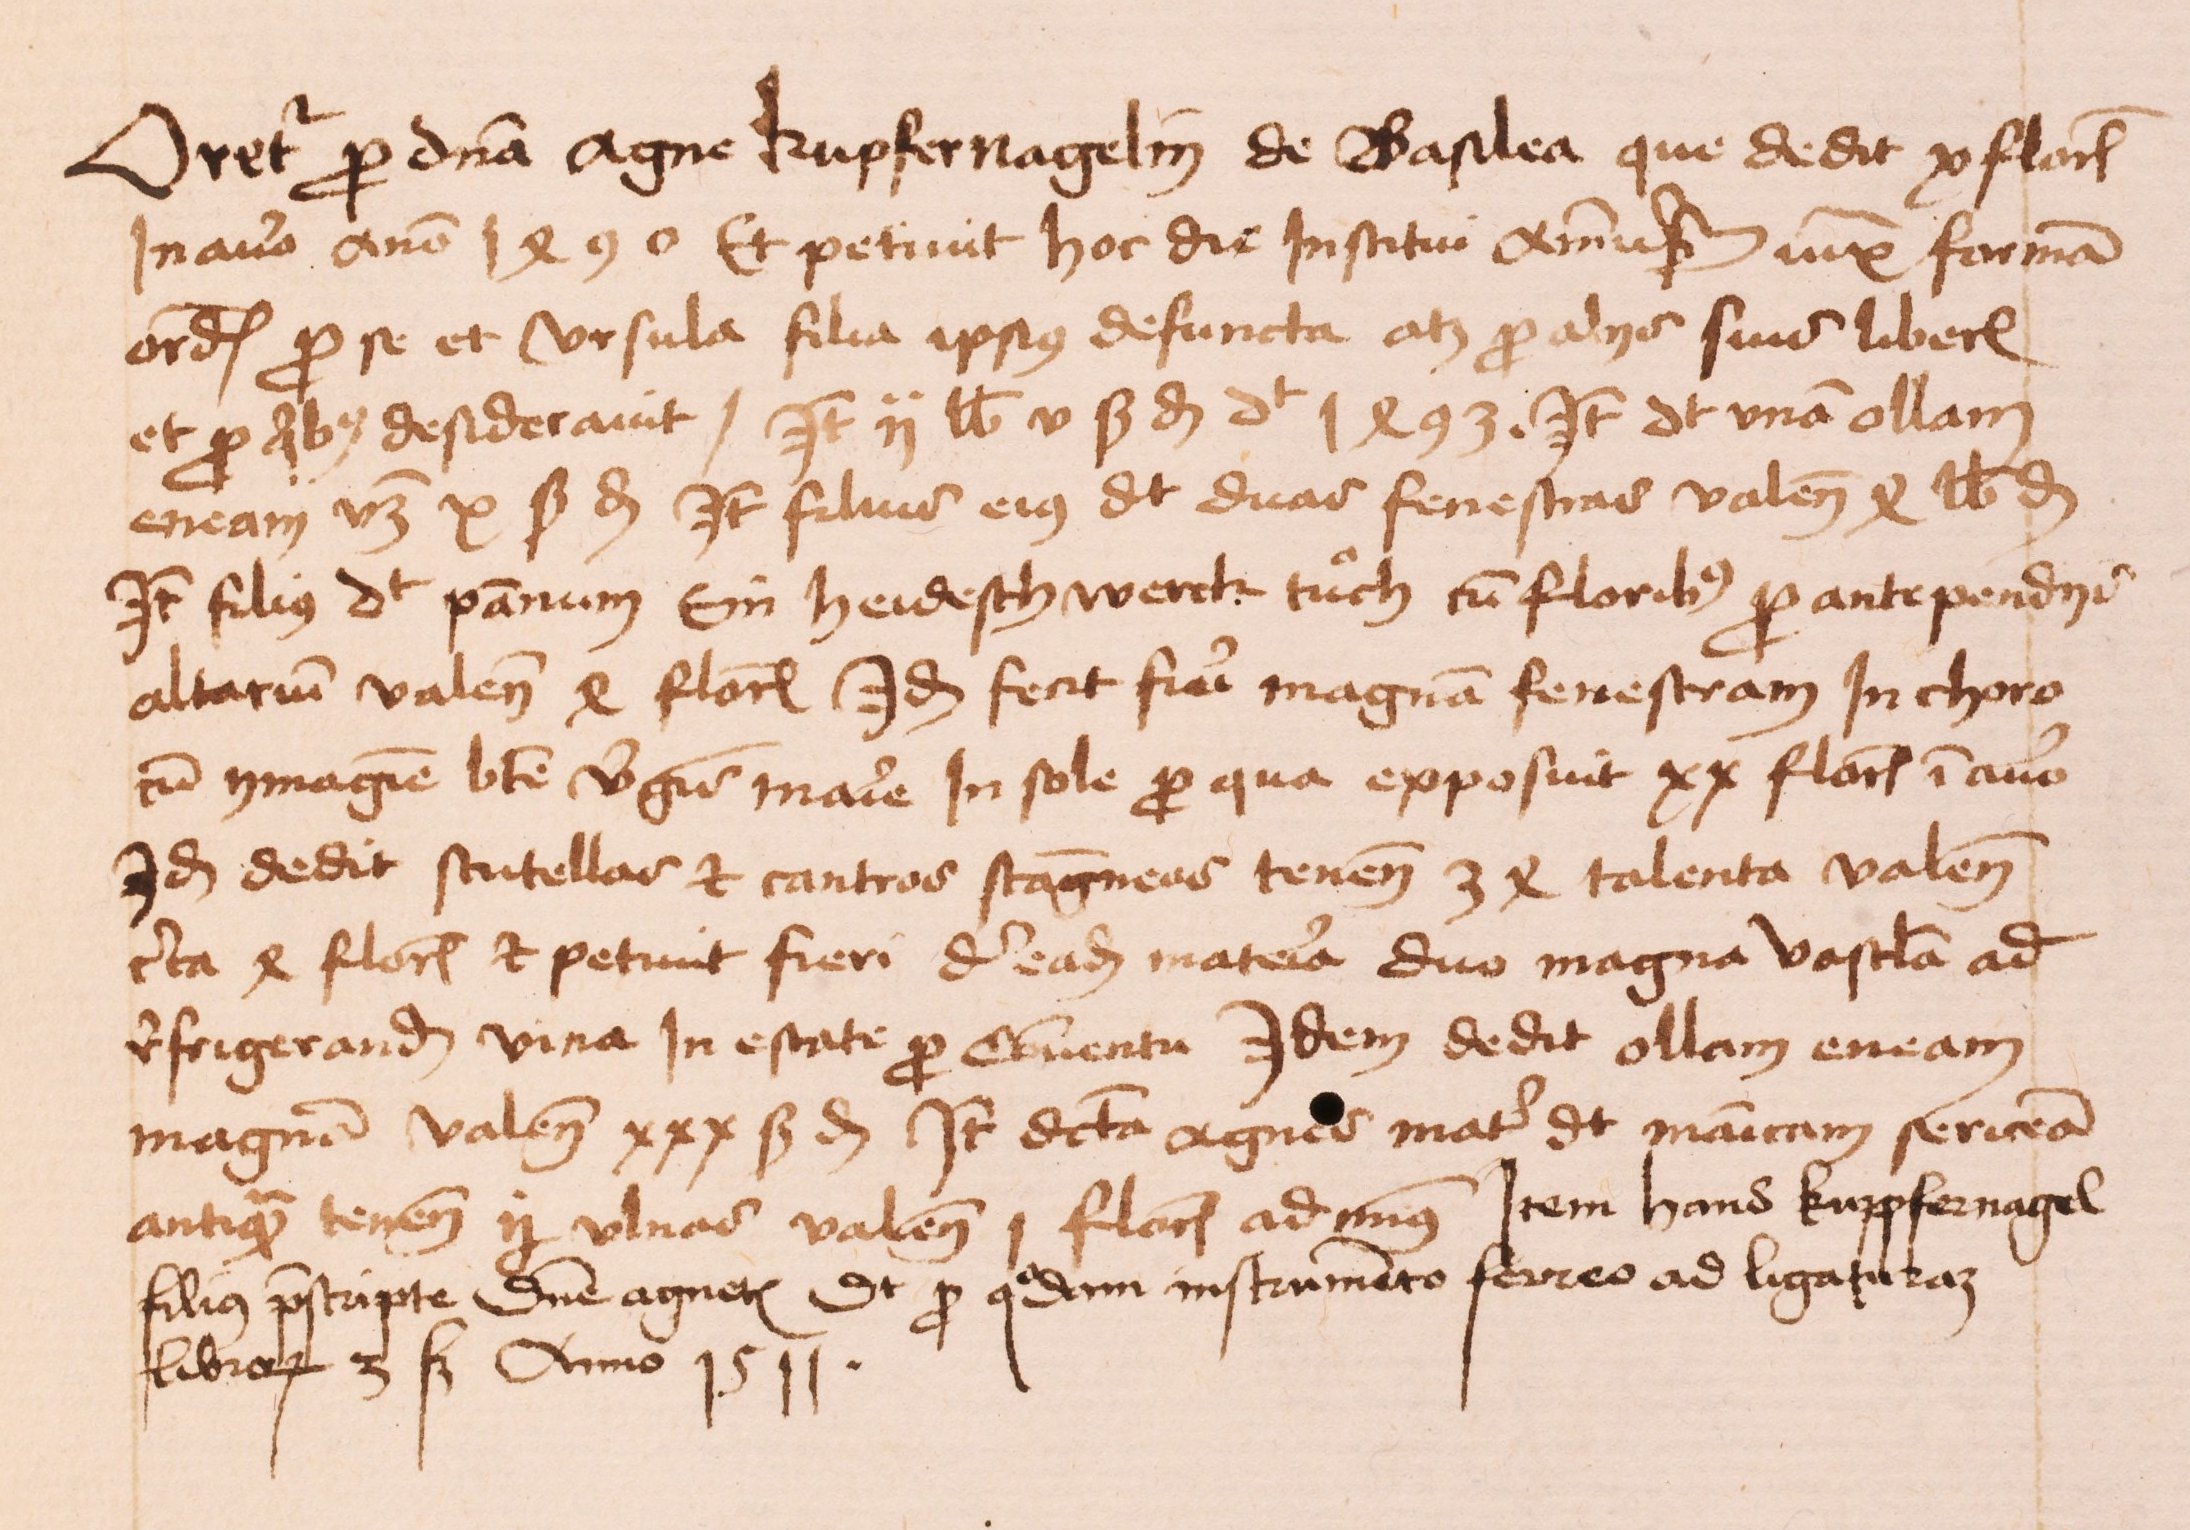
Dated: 1430–1520